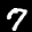
Label: 7